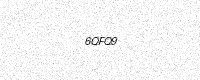
Text: 6QFQ9